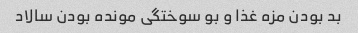
بد بودن مزه غذا و بو سوختگی مونده بودن سالاد